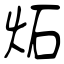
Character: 炻